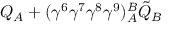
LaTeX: Q _ { A } + ( \gamma ^ { 6 } \gamma ^ { 7 } \gamma ^ { 8 } \gamma ^ { 9 } ) _ { A } ^ { B } \tilde { Q } _ { B } \nonumber